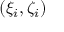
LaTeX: ( \xi _ { i } , \zeta _ { i } )